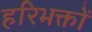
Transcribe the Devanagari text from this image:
हरिभक्तों